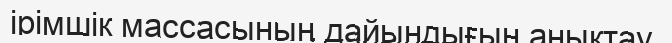
ірімшік массасының дайындығын анықтау,